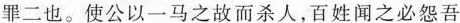
罪二也。使公以一马之故而杀人，百姓闻之必怨吾